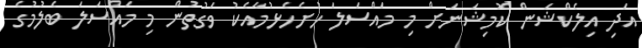
އަދި އިލެކްޝަން ކޮމިޝަނަށް މި މައްސަލަ ހުށެެހެޅުމާއެކު ވަގުތުން މި މައްސަލަ ބެލުމުގެ